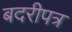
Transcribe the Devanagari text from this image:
बदरीपत्र